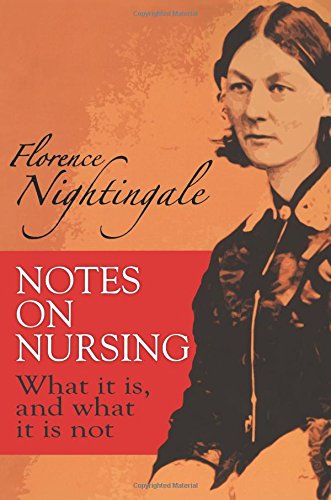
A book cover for Notes on Nursing: What It Is, and What It Is Not (Dover Books on Biology); Florence Nightingale; Medical Books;